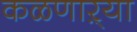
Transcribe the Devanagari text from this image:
कळणाऱ्या